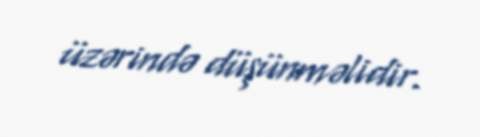
üzərində düşünməlidir.